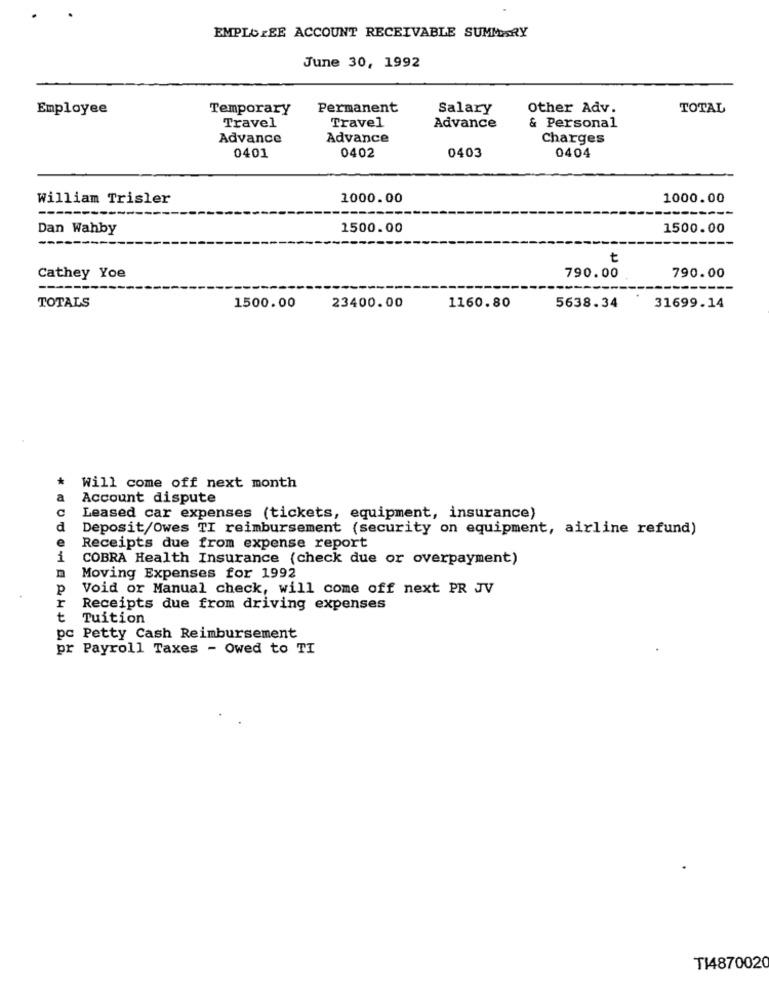
EMPLOIEE ACCOUNT RECEIVABLE SUMMARY
June 30, 1992
Employee
Temporary
Permanent
Salary
Other Adv.
TOTAL
Travel
& Personal
Travel
Advance
Advance
Advance
Charges
0401
0402
0404
0403
William Trisler
1000.00
1000.00
---
Dan Wahby
1500.00
1500.00
t
Cathey Yoe
790.00
790.00
---
TOTALS
1500.00
23400.00
1160.80
5638.34
31699.14
Will come off next month
a
Account dispute
C
Leased car expenses (tickets, equipment, insurance)
d
Deposit/Owes TI reimbursement (security on equipment, airline refund)
e
Receipts due from expense report
1
COBRA Health Insurance (check due or overpayment)
Moving Expenses for 1992
P
Void or Manual check, will come off next PR JV
r
Receipts due from driving expenses
t
Tuition
pc Petty Cash Reimbursement
pr Payroll Taxes - Owed to TI
T14870020